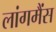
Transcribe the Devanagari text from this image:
लांगमैंस